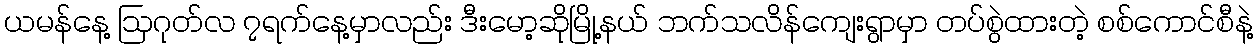
ယမန်နေ့ ဩဂုတ်လ ၇ရက်နေ့မှာလည်း ဒီးမော့ဆိုမြို့နယ် ဘက်သလိန်ကျေးရွာမှာ တပ်စွဲထားတဲ့ စစ်ကောင်စီနဲ့